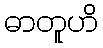
ဓာတူဟိ